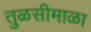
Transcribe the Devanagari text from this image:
तुळसीमाळा